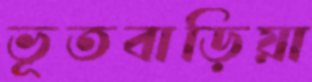
ভূতবাড়িয়া